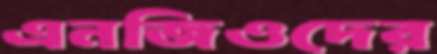
এনজিওদের